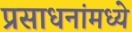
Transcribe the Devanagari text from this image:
प्रसाधनांमध्ये